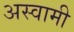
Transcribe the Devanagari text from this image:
अस्वामी